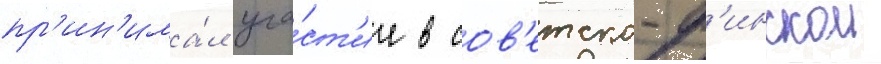
пр'ин'има́л уча́ст'ие в сов'етско-ф'инскои